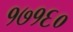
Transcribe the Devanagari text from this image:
१७१६०